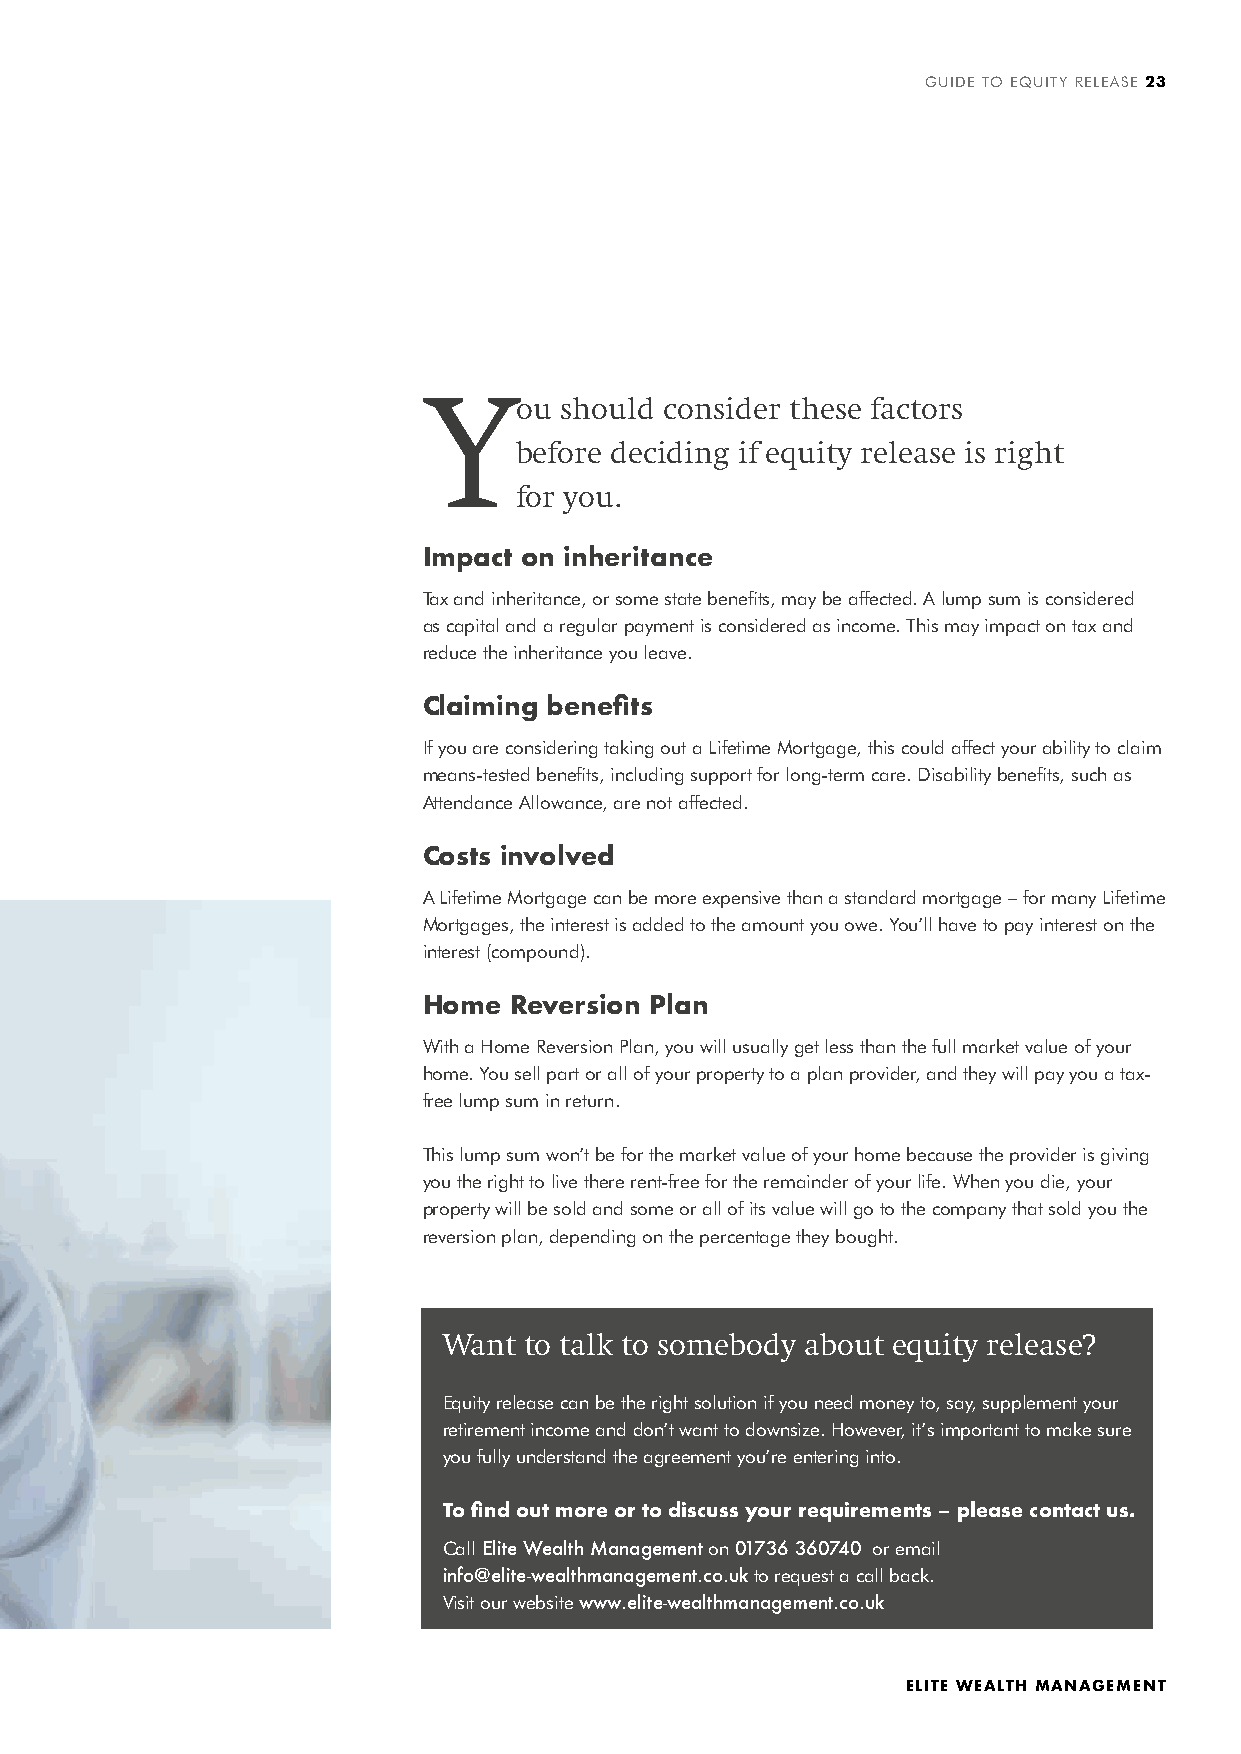
GUIDE TO EQUITY RELEASE 23
 Y
 ou should consider these factors
 before deciding if equity release is right
 for you.
 Impact on inheritance
 Tax and inheritance, or some state benefits, may be affected. A lump sum is considered
 as capital and a regular payment is considered as income. This may impact on tax and
 reduce the inheritance you leave.
 Claiming benefits
 If you are considering taking out a Lifetime Mortgage, this could affect your ability to claim
 means-tested benefits, including support for long-term care. Disability benefits, such as
 Attendance Allowance, are not affected.
 Costs involved
 A Lifetime Mortgage can be more expensive than a standard mortgage – for many Lifetime
 Mortgages, the interest is added to the amount you owe. You’ll have to pay interest on the
 interest (compound).
 Home  Reversion Plan
 With a Home Reversion Plan, you will usually get less than the full market value of your
 home. You sell part or all of your property to a plan provider, and they will pay you a tax-
 free lump sum in return.
 This lump sum won’t be for the market value of your home because the provider is giving
 you the right to live there rent-free for the remainder of your life. When you die, your
 property will be sold and some or all of its value will go to the company that sold you the
 reversion plan, depending on the percentage they bought.
 Want  to talk to somebody about equity release?
 Equity release can be the right solution if you need money to, say, supplement your
 retirement income and don’t want to downsize. However, it’s important to make sure
 you fully understand the agreement you’re entering into.
 To find out more or to discuss your requirements – please contact us.
 Call Elite Wealth Management on 01736 360740 or email
 info@elite-wealthmanagement.co.uk to request a call back.
 Visit our website www.elite-wealthmanagement.co.uk
 ELITE WEALTH MANAGEMENT